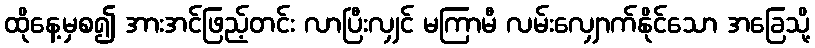
ထိုနေ့မှစ၍ အားအင်ဖြည့်တင်း လာပြီးလျှင် မကြာမီ လမ်းလျှောက်နိုင်သော အခြေသို့